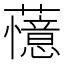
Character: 𬟔